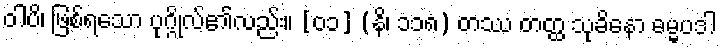
ဝါပိ၊ ဖြစ်ရသော ပုဂ္ဂိုလ်၏လည်း။ [၀၁] (နိ၊ ၁၁၈) တဿ တတ္ထ သုခိနော ဓမ္မပဒါ